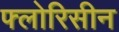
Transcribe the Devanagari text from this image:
फ्लोरिसीन